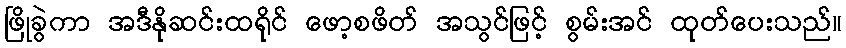
ဖြိုခွဲကာ အဒီနိုဆင်းထရိုင် ဖော့စဖိတ် အသွင်ဖြင့် စွမ်းအင် ထုတ်ပေးသည်။